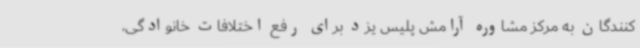
کنندگان به مرکز مشاوره آرامش پلیس یزد برای رفع اختلافات خانوادگی،